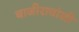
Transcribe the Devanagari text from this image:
बाजीरावांशी